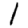
Digit: 1